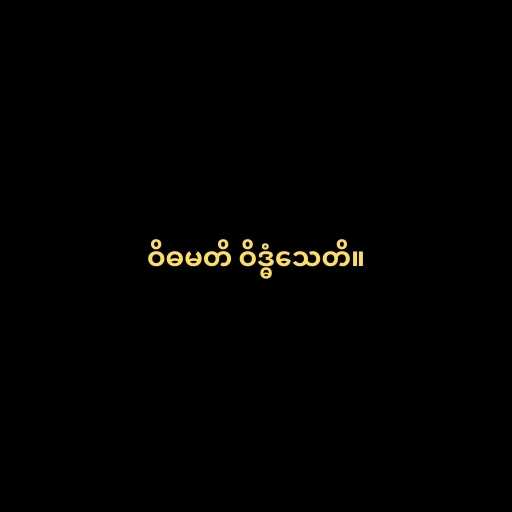
ဝိဓမတိ ဝိဒ္ဓံသေတိ။